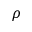
\rho